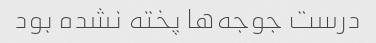
درست جوجه‌ها پخته نشده بود